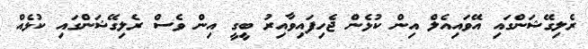
ރެލިގޭޝަންގައި އޭވައިއެލް އިން ކުޅެން ޖެހިފައިވާއިރު ބީގީ އިން ވެސް ރެލިގޭޝަންގައި ކުޅެއް